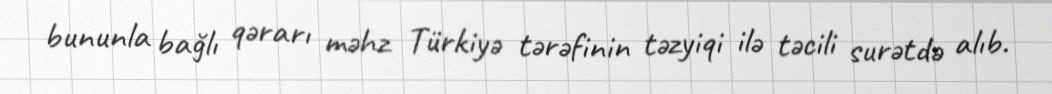
bununla bağlı qərarı məhz Türkiyə tərəfinin təzyiqi ilə təcili surətdə alıb.